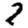
Digit: 2